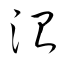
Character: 測